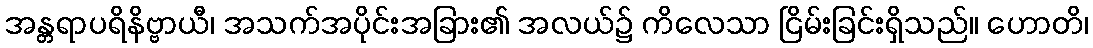
အန္တရာပရိနိဗ္ဗာယီ၊ အသက်အပိုင်းအခြား၏ အလယ်၌ ကိလေသာ ငြိမ်းခြင်းရှိသည်။ ဟောတိ၊